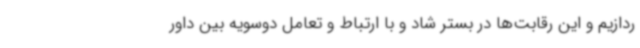
ردازیم و این رقابت‌ها در بستر شاد و با ارتباط و تعامل دوسویه بین داور